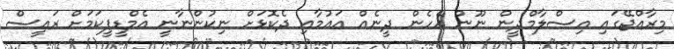
މިރާއްޖޭގައި އިސްލާމްދީން ނޫން އެހެން ދީނެއް އައުމާއި ދެކޮޅަށް ނިކުންނާނީ އެމްޑީޕީކަމަށް ރައީސް